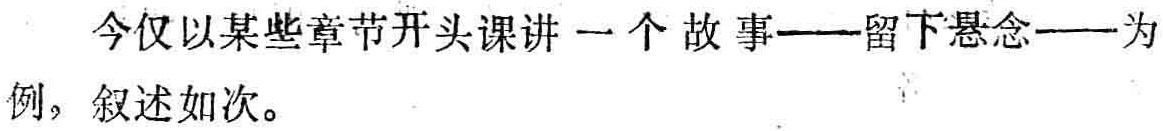
今仅以某些章节开头课讲一个故事——留下悬念——为例，叙述如次。